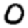
Digit: 0